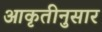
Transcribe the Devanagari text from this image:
आकृतीनुसार